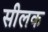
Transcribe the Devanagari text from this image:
सीलक